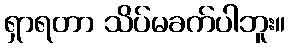
ရှာရတာ သိပ်မခက်ပါဘူး။